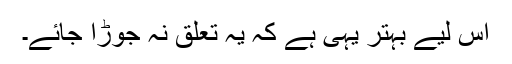
اس لیے بہتر یہی ہے کہ یہ تعلق نہ جوڑا جائے۔